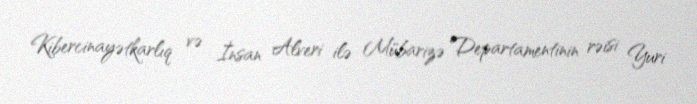
Kibercinayətkarlıq və İnsan Alveri ilə Mübarizə Departamentinin rəisi Yuri